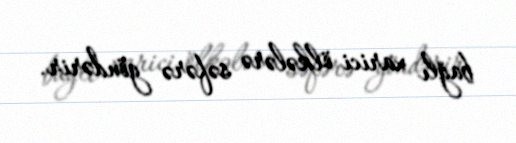
bağlı xarici ölkələrə səfərə göndərir.